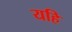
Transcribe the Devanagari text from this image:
यहि